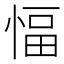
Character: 愊